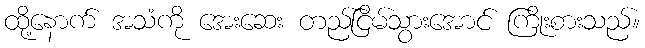
ထို့နောက် အသံကို အေးဆေး တည်ငြိမ်သွားအောင် ကြိုးစားသည်။